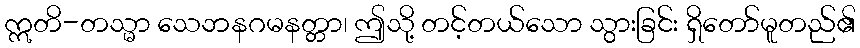
ဣတိ-တသ္မာ သေဘနဂမနတ္တာ၊ ဤသို့ တင့်တယ်သော သွားခြင်း ရှိတော်မူတည်၏